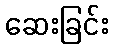
ဆေးခြင်း